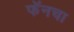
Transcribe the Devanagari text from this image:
फॅनचा